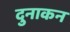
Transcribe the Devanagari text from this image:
दुनाकन